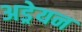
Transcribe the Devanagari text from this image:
अड्रेयन